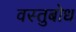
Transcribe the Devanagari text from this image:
वस्तुबोध